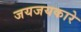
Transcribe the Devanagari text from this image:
जयजयकारे